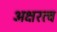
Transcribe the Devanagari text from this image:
अक्षरत्व